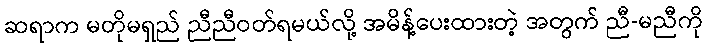
ဆရာက မတိုမရှည် ညီညီဝတ်ရမယ်လို့ အမိန့်ပေးထားတဲ့ အတွက် ညီ-မညီကို